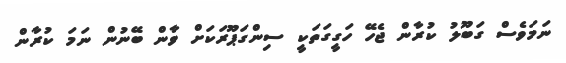
ނަމަވެސް ގަބޫލު ކުރާން ޖެހޭ ހަގީގަތަކީ ސިންގަޕޫރަކަށް ވާން ބޭނުން ނަމަ ކުރާން